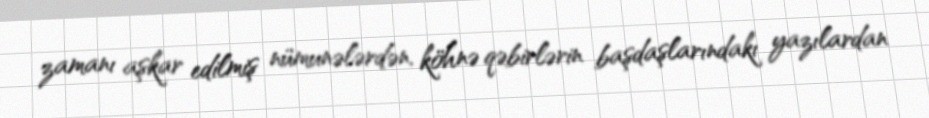
zamanı aşkar edilmiş nümunələrdən, köhnə qəbirlərin başdaşlarındakı yazılardan